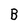
Character: B